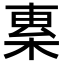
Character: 𣓧